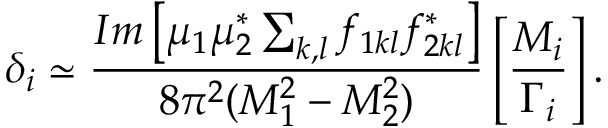
\delta _ { i } \simeq { \frac { I m \left[ \mu _ { 1 } \mu _ { 2 } ^ { * } \sum _ { k , l } f _ { 1 k l } f _ { 2 k l } ^ { * } \right] } { 8 \pi ^ { 2 } ( M _ { 1 } ^ { 2 } - M _ { 2 } ^ { 2 } ) } } \left[ { \frac { M _ { i } } { \Gamma _ { i } } } \right] .